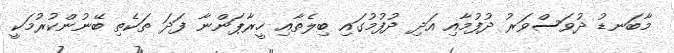
މާބަނޑު ދުވަސްވަރު ދުފުމާއި އަދި ދުފުމުގައި ބިލެތާއި ހީރާޕަންނާ ފަދަ ތަކެތި ބޭނުންކުރުމަކީ